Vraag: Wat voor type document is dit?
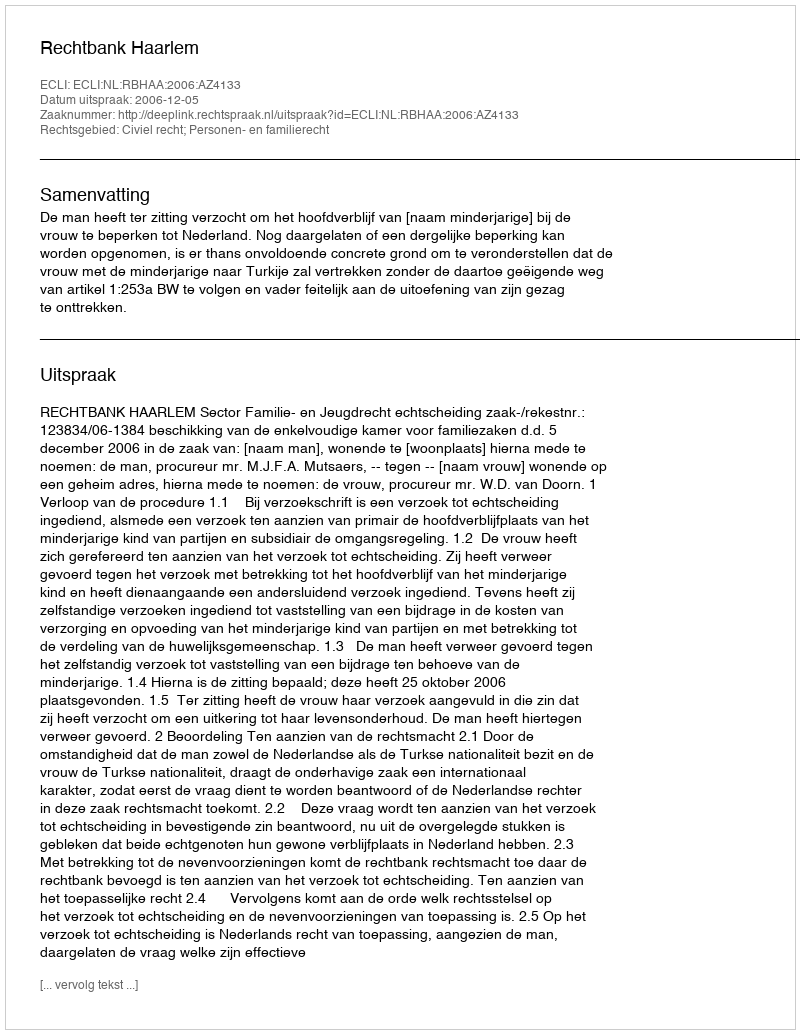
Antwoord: Uitspraak